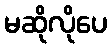
မဆိုလိုပေ